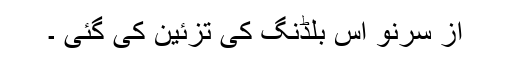
از سرنو اس بلڈنگ کی تزئین کی گئی ۔